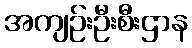
အကျဉ်းဦးစီးဌာန